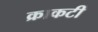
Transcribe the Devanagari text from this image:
क्राकटी